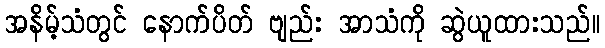
အနိမ့်သံတွင် နောက်ပိတ် ဗျည်း အာသံကို ဆွဲယူထားသည်။